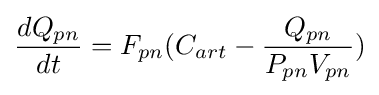
{dQ_{pn} \over dt}=F_{pn}(C_{art}-{{Q_{pn}} \over {P_{pn}V_{pn}}})